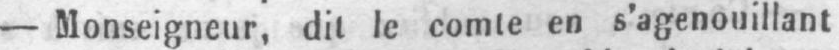
- Monseigneur, dit le comte en s’agenouillant